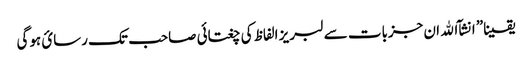
یقینا” انشآ الله ان جزبات سے لبریز الفاظ کی چغتائی صاحب تک رسائ ہوگی